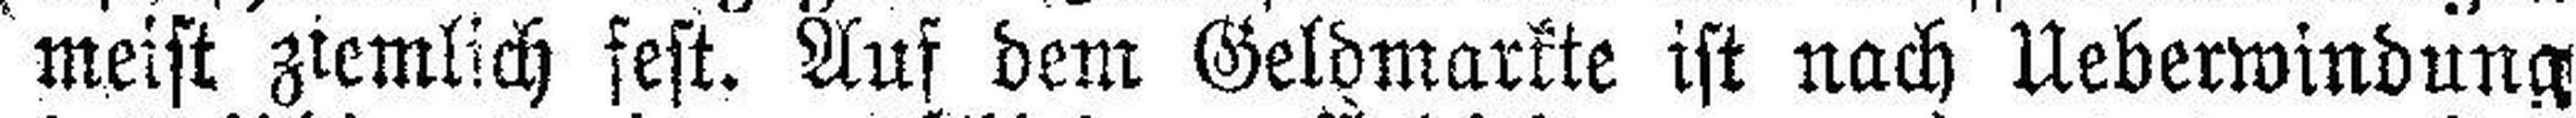
meist ziemlich fest. Auf dem Geldmarkte ist nach Ueberwindung